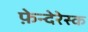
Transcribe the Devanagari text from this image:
फ़ेन्देरेस्क